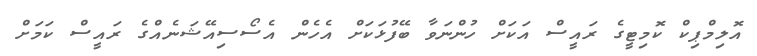
އޮލިމްޕިކް ކޮމިޓީގެ ރައީސް އަކަށް ހުންނަވާ ބޭފުޅަކަށް އެެހެން އެސޯސިއޭޝަނެއްގެ ރައީސް ކަމަށް